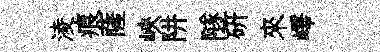
淩痕薩峽阱隧硏來嶧